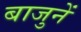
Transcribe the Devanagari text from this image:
बाजुनें